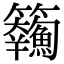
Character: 𩽘